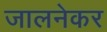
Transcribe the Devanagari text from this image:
जालनेकर